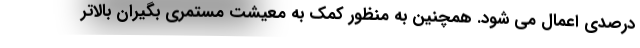
درصدی اعمال می شود. همچنین به منظور کمک به معیشت مستمری بگیران بالاتر